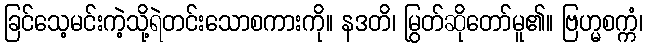
ခြင်သေ့မင်းကဲ့သို့ရဲတင်းသောစကားကို။ နဒတိ၊ မြွတ်ဆိုတော်မူ၏။ ဗြဟ္မစက္ကံ၊